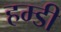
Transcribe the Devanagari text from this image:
हम्डी